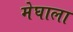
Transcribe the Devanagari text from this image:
मेघाला